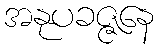
အနုပခဇ္ဇနေ